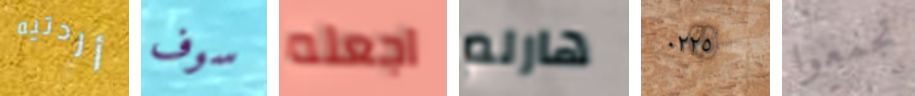
أردتيه سوف اجعله هارلم ٠٢٢٥ تجمعوا